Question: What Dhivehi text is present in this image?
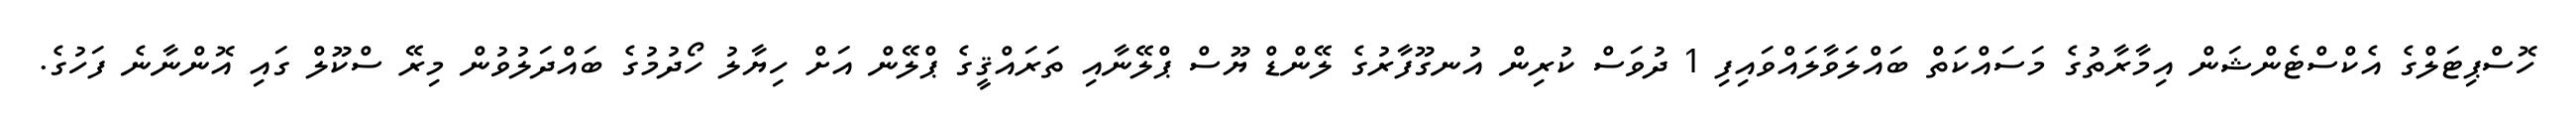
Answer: ހޮސްޕިޓަލްގެ އެކްސްޓެންޝަން އިމާރާތުގެ މަސައްކަތް ބައްލަވާލައްވައިފި 1 ދުވަސް ކުރިން އުނގޫފާރުގެ ލޭންޑް ޔޫސް ޕްލޭނާއި ތަރައްޤީގެ ޕްލޭން އަށް ހިޔާލު ހޯދުމުގެ ބައްދަލުވުން މިރޭ ސްކޫލް ގައި އޮންނާނެ ފަހުގެ.